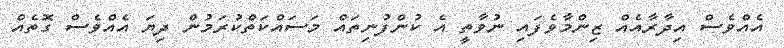
އެއްވެސް އިދާރާއެއް ޒިންމާވެފައި ނުވާތީ އެ ކުންފުނިތައް މަސައްކަތްކުރަމުން ދިޔަ އެއްވެސް ގޮތެއް